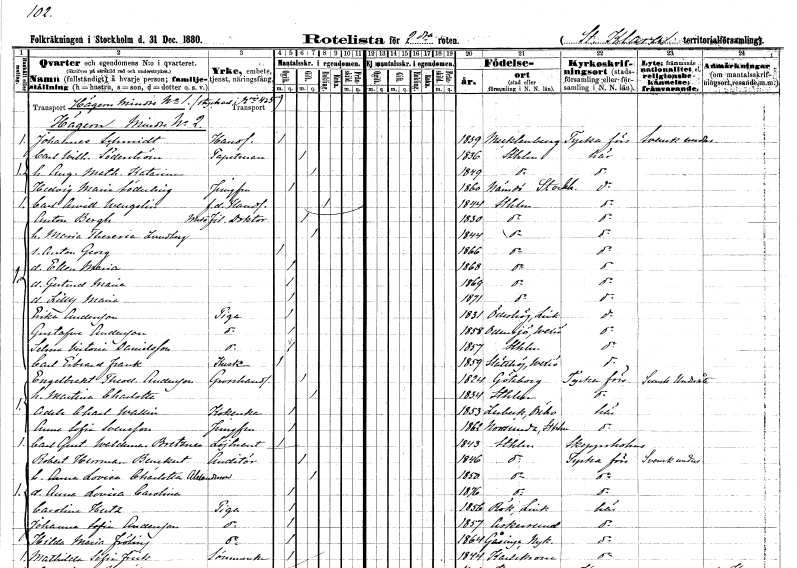
gt_parse: households: individuals: FN: Johannes
EN: Schmidt
YRKE: Handlande
KON: M
CIV: O
FODAR: 1839
FN: Carl Wilhelm
EN: Söderström
YRKE: Tapetserare
KON: M
CIV: G
FODAR: 1836
FODFORS: Stockholm
FN: Augusta Mathilda Katarina
KON: K
CIV: G
FODAR: 1849
FODFORS: Stockholm
FN: Hedvig Maria
EN: Söderling
YRKE: Jungfru
KON: K
CIV: O
FODAR: 1860
FODFORS: Nämdö Stockholms län
FN: Carl Arvid
EN: Wengelin
YRKE: Handlande f.d.
KON: M
CIV: E
FODAR: 1844
FODFORS: Stockholm
FN: Anton
EN: Bergh
YRKE: Medicine fil. doktor
KON: M
CIV: G
FODAR: 1830
FODFORS: Stockholm
FN: Maria Theresia
EN: Lundberg
KON: K
CIV: G
FODAR: 1844
FODFORS: Stockholm
FN: Anton Georg
KON: M
CIV: O
FODAR: 1866
FODFORS: Stockholm
FN: Ellen Maria
KON: K
CIV: O
FODAR: 1868
FODFORS: Stockholm
FN: Gertrud Maria
KON: K
CIV: O
FODAR: 1869
FODFORS: Stockholm
FN: Lilly Maria
KON: K
CIV: O
FODAR: 1871
FODFORS: Stockholm
FN: Erika
EN: Andersson
YRKE: Piga
KON: K
CIV: O
FODAR: 1831
FODFORS: Ödeshög Östergötlands län
FN: Gustafva
EN: Andersson
YRKE: Piga
KON: K
CIV: O
FODAR: 1858
FODFORS: Odensjö Kronobergs län
FN: Selma Victoria
EN: Danielsson
YRKE: Piga
KON: K
CIV: O
FODAR: 1857
FODFORS: Stockholm
FN: Carl Edvard
EN: Frank
YRKE: Kusk
KON: M
CIV: O
FODAR: 1859
FODFORS: Slätthög Kronobergs län
FN: Engelbrekt Theodor
EN: Andersson
YRKE: Grosshandlare
KON: M
CIV: G
FODAR: 1824
FODFORS: Göteborg Göteborgs- och Bohuslän
FN: Martina Charlotta
KON: K
CIV: G
FODAR: 1834
FODFORS: Stockholm
FN: Adele Charlotta
EN: Wallin
YRKE: Kokerska
KON: K
CIV: O
FODAR: 1853
FODFORS: Lerbäck Örebro län
FN: Anna Sofia
EN: Svensson
YRKE: Jungfru
KON: K
CIV: O
FODAR: 1862
FODFORS: Norrsunda Stockholms län
FN: Carl Gustaf Waldemar
EN: Bretzner
YRKE: Löjtnant
KON: M
CIV: O
FODAR: 1843
FODFORS: Stockholm